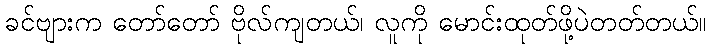
ခင်ဗျားက တော်တော် ဗိုလ်ကျတယ်၊ လူကို မောင်းထုတ်ဖို့ပဲတတ်တယ်။